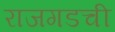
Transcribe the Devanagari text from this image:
राजगडची